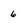
Character: 6